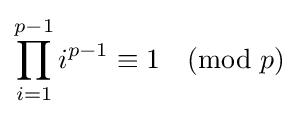
\prod _{i=1}^{p-1}i^{p-1}\equiv 1{\pmod {p}}